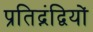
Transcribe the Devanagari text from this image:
प्रतिद्नंद्वियों